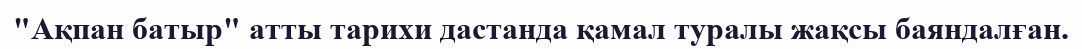
"Ақпан батыр" атты тарихи дастанда қамал туралы жақсы баяндалған.